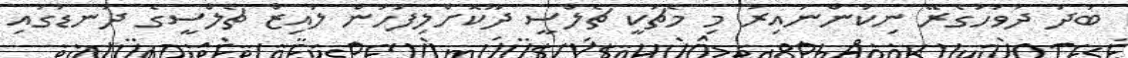
ބުދަ ދުވަހުގެރޭ ނިކުންނައިރު މި މެޗަކީ ޗެލްސީ ދޫކޮށްލިފަހުން ލުއިޒް ޗެލްސީގެ ދަނޑުގައި